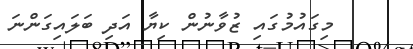
މިގައުމުގައި ޒުވާނުން ކިޔާ އަދި ބަލައިގަންނަ